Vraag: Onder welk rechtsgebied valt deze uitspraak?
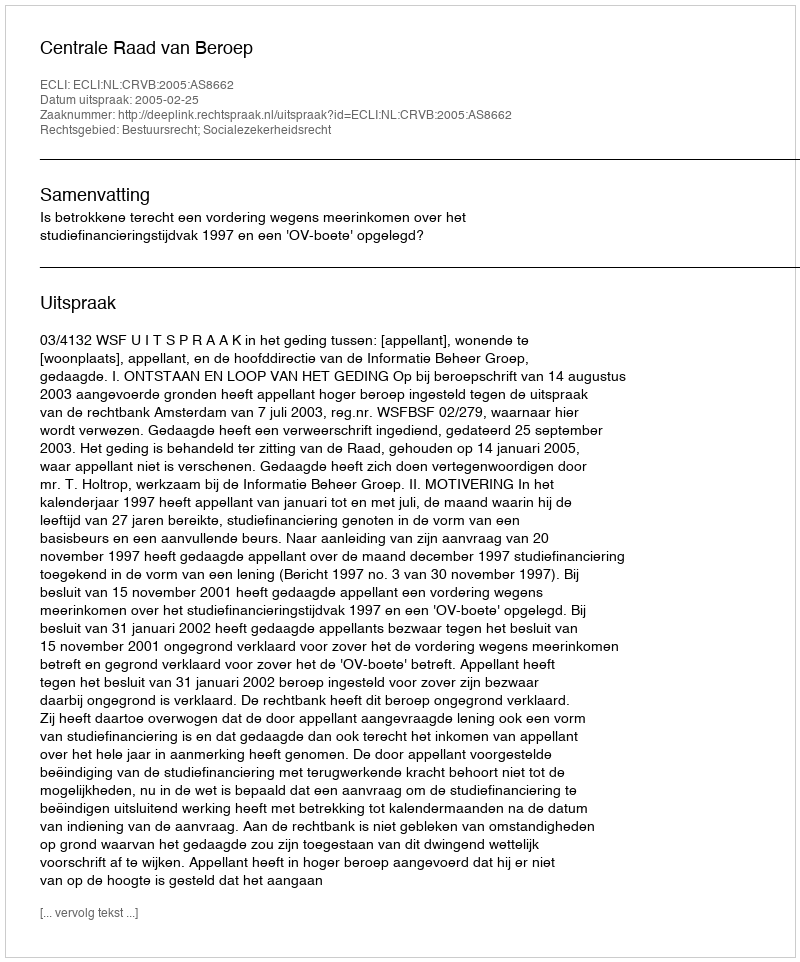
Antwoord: Bestuursrecht; Socialezekerheidsrecht